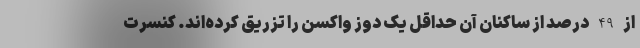
از 49 درصد از ساکنان آن حداقل یک دوز واکسن را تزریق کرده‌اند. کنسرت